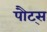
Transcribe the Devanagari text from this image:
पौट्स